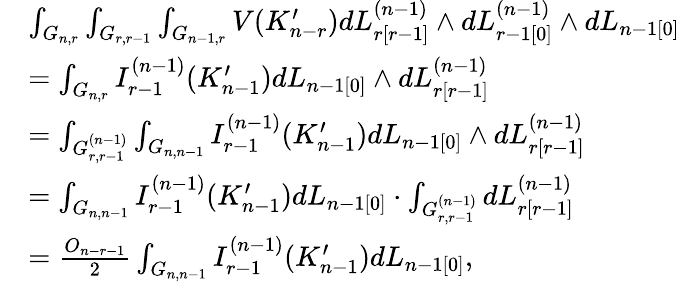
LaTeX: \begin{array}{rl}&{\int_{G_{n,r}}\int_{G_{r,r-1}}\int_{G_{n-1,r}}V(K_{n-r}^{\prime})dL_{r[r-1]}^{(n-1)}\wedge dL_{r-1[0]}^{(n-1)}\wedge dL_{n-1[0]}}\\ &{=\int_{G_{n,r}}I_{r-1}^{(n-1)}(K_{n-1}^{\prime})dL_{n-1[0]}\wedge dL_{r[r-1]}^{(n-1)}}\\ &{=\int_{G_{r,r-1}^{(n-1)}}\int_{G_{n,n-1}}I_{r-1}^{(n-1)}(K_{n-1}^{\prime})dL_{n-1[0]}\wedge dL_{r[r-1]}^{(n-1)}}\\ &{=\int_{G_{n,n-1}}I_{r-1}^{(n-1)}(K_{n-1}^{\prime})dL_{n-1[0]}\cdot\int_{G_{r,r-1}^{(n-1)}}dL_{r[r-1]}^{(n-1)}}\\ &{=\frac{O_{n-r-1}}{2}\int_{G_{n,n-1}}I_{r-1}^{(n-1)}(K_{n-1}^{\prime})dL_{n-1[0]},}\end{array}